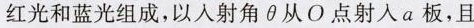
红光和蓝光组成，以入射角\theta 从O点射入a板，且